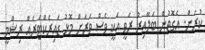
ކުރަން. އެގޮތުން ބަލާއިރު ރަވީ އަކީ ވެސް ވަރަށް މޮޅު ޑައިރެކްޓަރެއް ރިޝްމީ